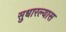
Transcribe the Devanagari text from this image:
सुधारल्यास